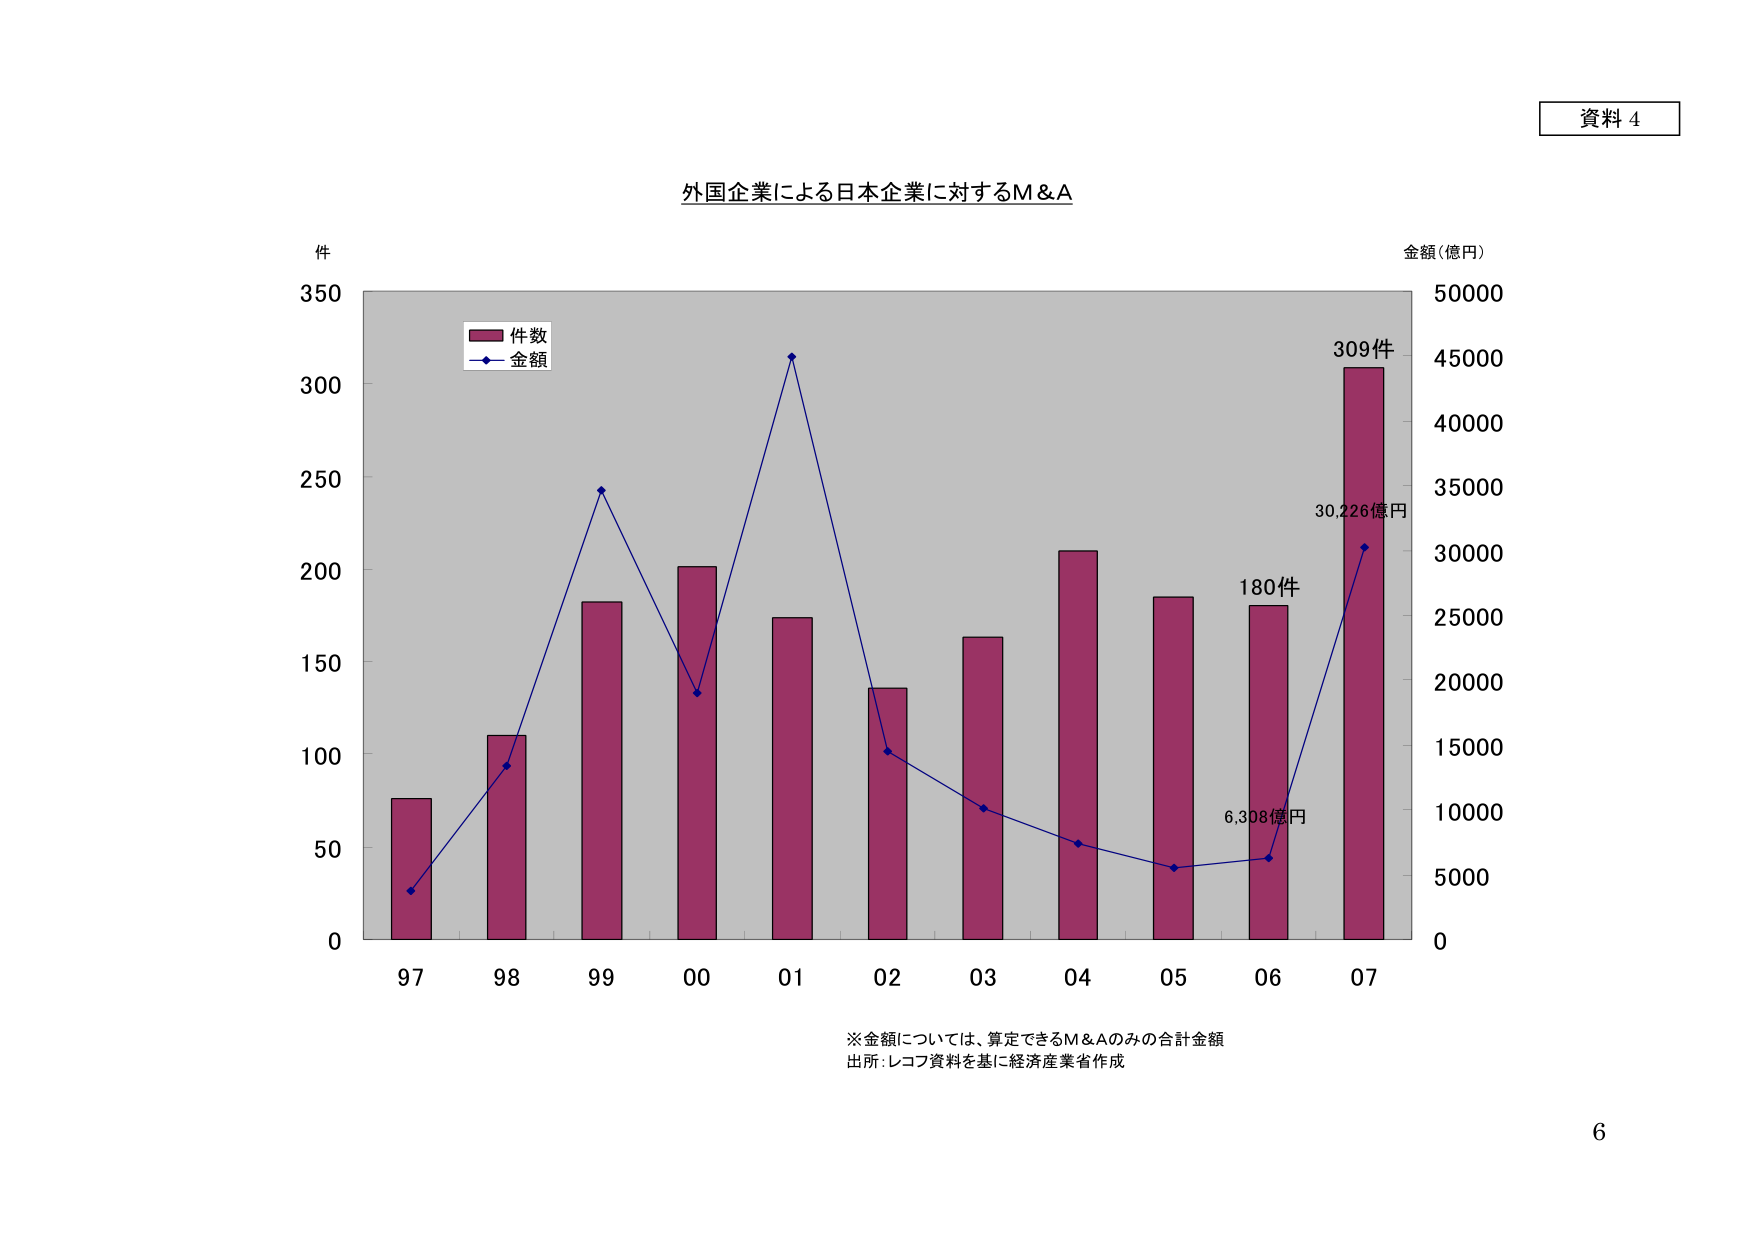
資料 4

外国企業による日本企業に対するM&A

件
350
300
250
200
150
100
50
0

97 98 99 00 01 02 03 04 05 06 07

件数
金額

金額（億円）
50000
45000
40000
35000
30000
25000
20000
15000
10000
5000
0

309件
30,226億円
180件
6,308億円

※金額については、算定できるM&Aのみの合計金額
出所：レコフ資料を基に経済産業省作成

6